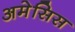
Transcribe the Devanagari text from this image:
अमेसिस